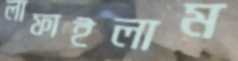
লাফাইলাম